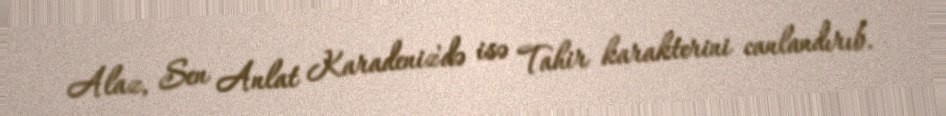
Alaz, Sen Anlat Karadeniz'də isə Tahir karakterini canlandırıb.